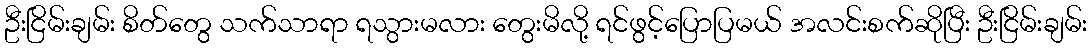
ဦးငြိမ်းချမ်း စိတ်တွေ သက်သာရာ ရသွားမလား တွေးမိလို့ ရင်ဖွင့်ပြောပြမယ် အလင်းစက်ဆိုပြီး ဦးငြိမ်းချမ်း